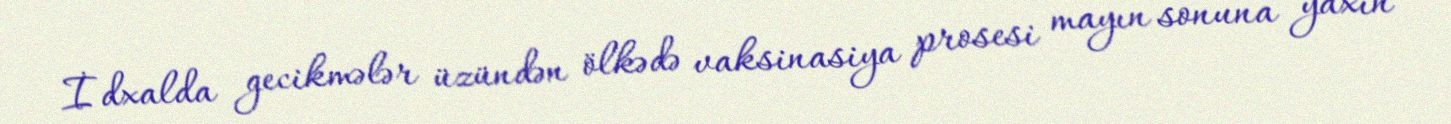
İdxalda gecikmələr üzündən ölkədə vaksinasiya prosesi mayın sonuna yaxın